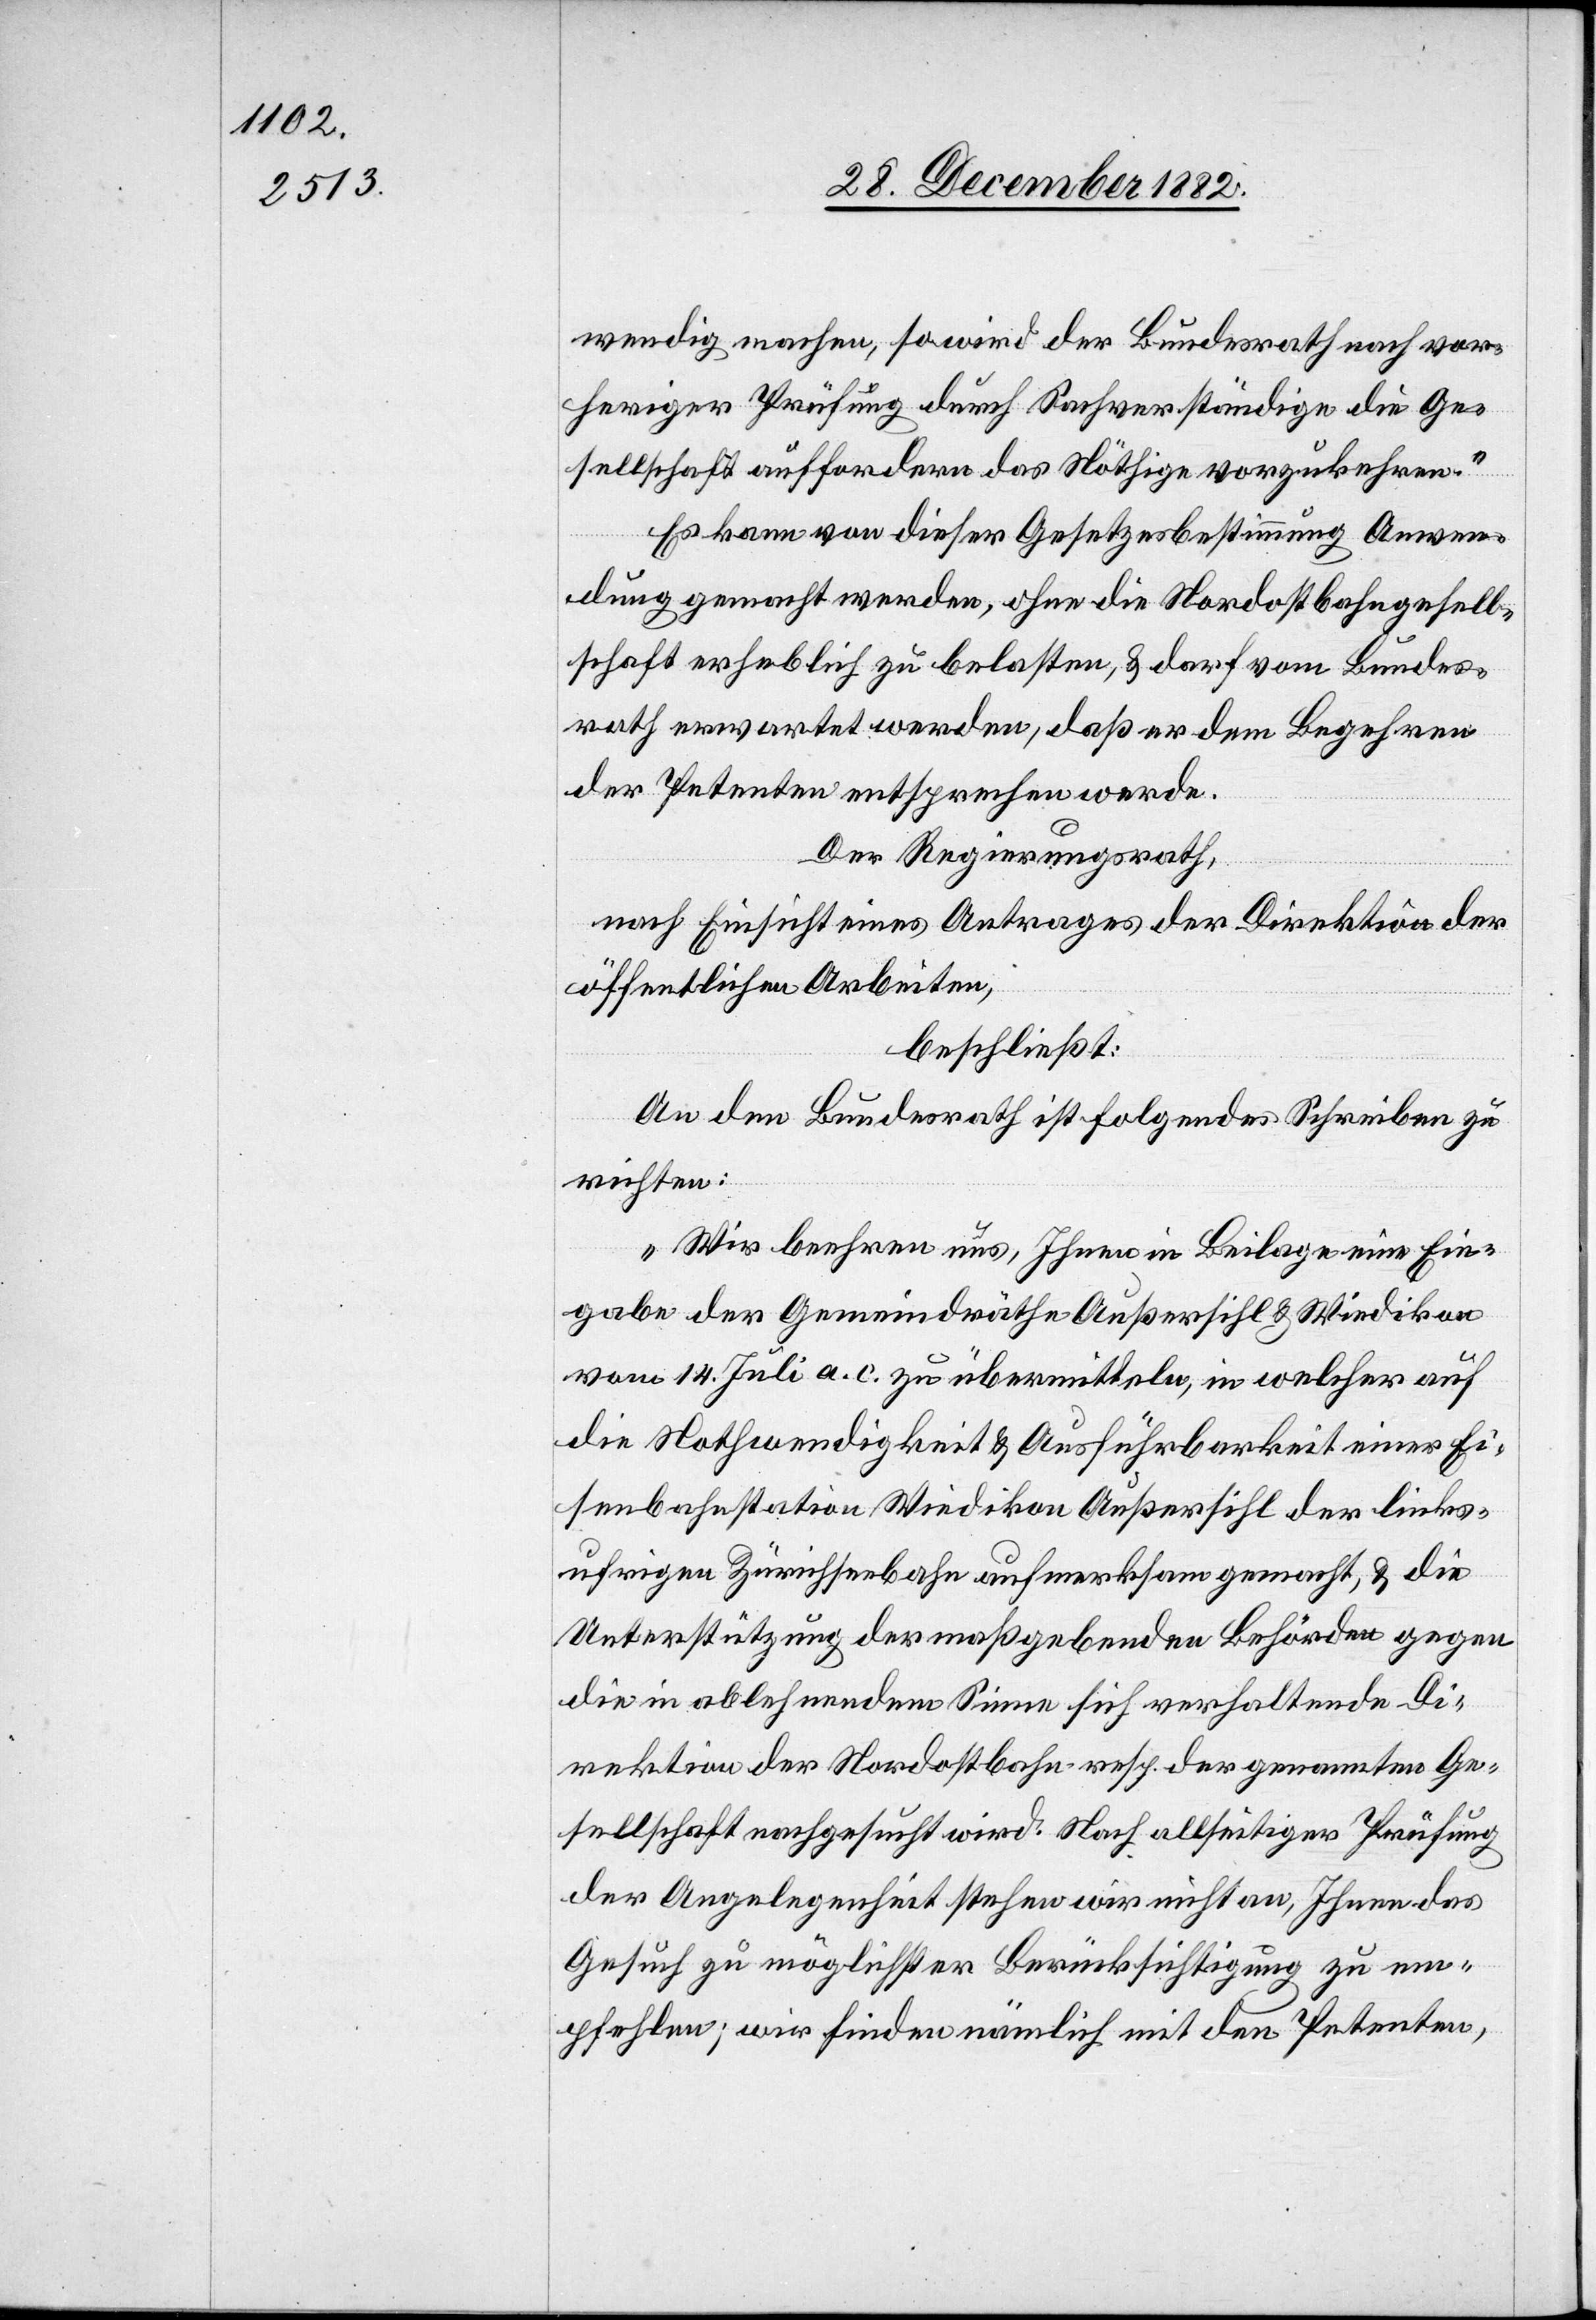
wendig machen, so wird der Bundesrath nach vor¬
heriger Prüfung durch Sachverständige die Ge¬
sellschaft auffordern das Nöthige vorzukehren.“
Es kann von dieser Gesetzesbestimmung Anwen¬
dung gemacht werden, ohne die Nordostbahngesell¬
schaft erheblich zu belasten, & darf vom Bundes¬
rath erwartet werden, daß er dem Begehren
der Petenten entsprechen werde.
Der Regierungsrath,
nach Einsicht eines Antrages der Direktion der
öffentlichen Arbeiten,
beschließt:
An den Bundesrath ist folgendes Schreiben zu
richten:
„Wir beehren uns, Ihnen in Beilage eine Ein¬
gabe der Gemeindräthe Außersihl & Wiedikon
vom 14. Juli a. c. zu übermitteln, in welcher auf
die Nothwendigkeit & Ausführbarkeit einer Ei¬
senbahnstation Wiedikon Außersihl der links¬
ufrigen Zürichseebahn aufmerksam gemacht, & die
Unterstützung der maßgebenden Behörden gegen
die in ablehnendem Sinne sich verhaltende Di¬
rektion der Nordostbahn resp. der genannten Ge¬
sellschaft nachgesucht wird. Nach allseitiger Prüfung
der Angelegenheit stehen wir nicht an, Ihnen das
Gesuch zu möglichster Berücksichtigung zu em¬
pfehlen; wir finden nämlich mit den Petenten,